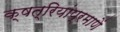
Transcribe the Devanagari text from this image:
क्षत्रियांप्रमाणें